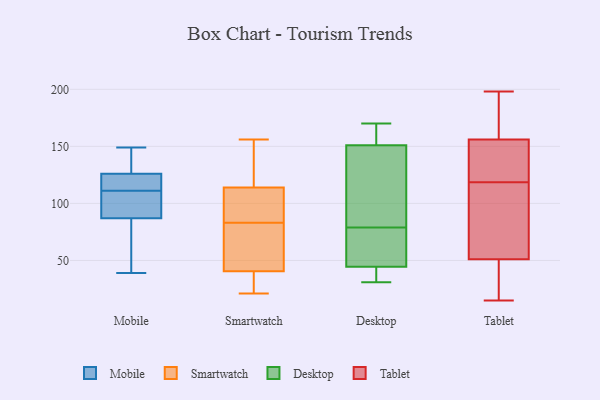
{"axis": {"x": "Website Visitors", "y": "Value"}, "legend": ["Desktop", "Mobile", "Smartwatch", "Tablet"], "data": [{"x": "", "y": 124, "type": "Mobile"}, {"x": "", "y": 126, "type": "Mobile"}, {"x": "", "y": 108, "type": "Mobile"}, {"x": "", "y": 39, "type": "Mobile"}, {"x": "", "y": 96, "type": "Mobile"}, {"x": "", "y": 139, "type": "Mobile"}, {"x": "", "y": 93, "type": "Mobile"}, {"x": "", "y": 59, "type": "Mobile"}, {"x": "", "y": 114, "type": "Mobile"}, {"x": "", "y": 87, "type": "Mobile"}, {"x": "", "y": 58, "type": "Mobile"}, {"x": "", "y": 143, "type": "Mobile"}, {"x": "", "y": 120, "type": "Mobile"}, {"x": "", "y": 149, "type": "Mobile"}, {"x": "", "y": 41, "type": "Smartwatch"}, {"x": "", "y": 40, "type": "Smartwatch"}, {"x": "", "y": 82, "type": "Smartwatch"}, {"x": "", "y": 84, "type": "Smartwatch"}, {"x": "", "y": 156, "type": "Smartwatch"}, {"x": "", "y": 143, "type": "Smartwatch"}, {"x": "", "y": 21, "type": "Smartwatch"}, {"x": "", "y": 102, "type": "Smartwatch"}, {"x": "", "y": 54, "type": "Smartwatch"}, {"x": "", "y": 39, "type": "Smartwatch"}, {"x": "", "y": 126, "type": "Smartwatch"}, {"x": "", "y": 93, "type": "Smartwatch"}, {"x": "", "y": 79, "type": "Desktop"}, {"x": "", "y": 79, "type": "Desktop"}, {"x": "", "y": 94, "type": "Desktop"}, {"x": "", "y": 31, "type": "Desktop"}, {"x": "", "y": 166, "type": "Desktop"}, {"x": "", "y": 161, "type": "Desktop"}, {"x": "", "y": 170, "type": "Desktop"}, {"x": "", "y": 33, "type": "Desktop"}, {"x": "", "y": 64, "type": "Desktop"}, {"x": "", "y": 38, "type": "Desktop"}, {"x": "", "y": 121, "type": "Desktop"}, {"x": "", "y": 35, "type": "Tablet"}, {"x": "", "y": 110, "type": "Tablet"}, {"x": "", "y": 127, "type": "Tablet"}, {"x": "", "y": 20, "type": "Tablet"}, {"x": "", "y": 15, "type": "Tablet"}, {"x": "", "y": 188, "type": "Tablet"}, {"x": "", "y": 156, "type": "Tablet"}, {"x": "", "y": 127, "type": "Tablet"}, {"x": "", "y": 190, "type": "Tablet"}, {"x": "", "y": 150, "type": "Tablet"}, {"x": "", "y": 198, "type": "Tablet"}, {"x": "", "y": 138, "type": "Tablet"}, {"x": "", "y": 51, "type": "Tablet"}, {"x": "", "y": 191, "type": "Tablet"}, {"x": "", "y": 83, "type": "Tablet"}, {"x": "", "y": 16, "type": "Tablet"}, {"x": "", "y": 91, "type": "Tablet"}, {"x": "", "y": 81, "type": "Tablet"}]}